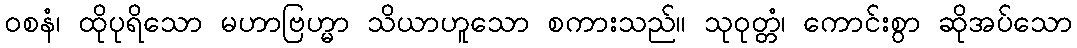
ဝစနံ၊ ထိုပုရိသော မဟာဗြဟ္မာ သိယာဟူသော စကားသည်။ သုဝုတ္တံ၊ ကောင်းစွာ ဆိုအပ်သော